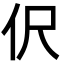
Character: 伬